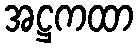
အဋ္ဌကထာ